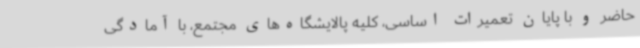
حاضر و با پایان تعمیرات اساسی، کلیه پالایشگاه‌های مجتمع، با آمادگی